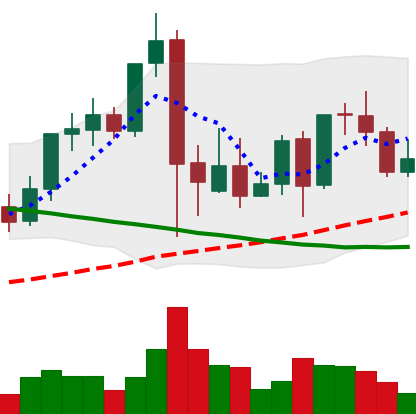
Ticker: LINK-USD
Chart end date: 2021-09-18
Forward return: -10.344%
Label: down_7plus